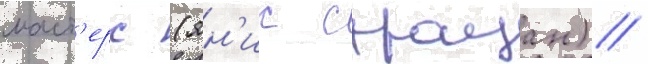
маст'ерс (ян'ис страуан) //